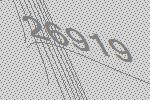
26919